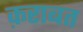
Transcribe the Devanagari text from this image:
क़राबत